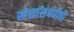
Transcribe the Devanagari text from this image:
खेळांसंबधीची